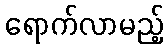
ရောက်လာမည့်